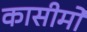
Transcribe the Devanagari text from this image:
कासीमो